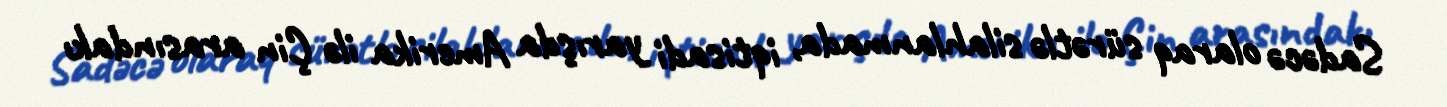
Sadəcə olaraq sürətlə silahlanmada, iqtisadi yarışda Amerika ilə Çin arasındakı